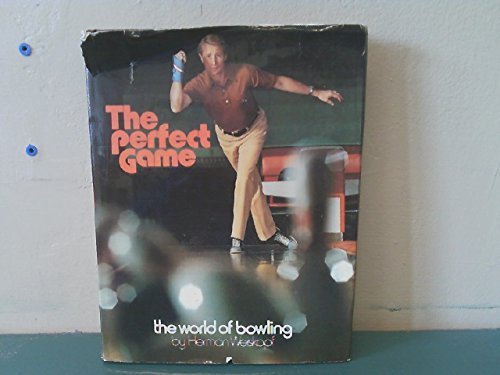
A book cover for Perfect Game; Herman Weiskopf; Sports & Outdoors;